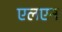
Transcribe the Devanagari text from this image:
एलएन